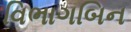
વિભાગબિન